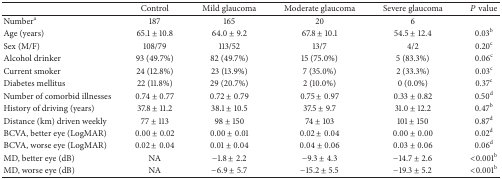
|  | Control | Mild glaucoma | Moderate glaucoma | Severe glaucoma | P value |
 | --- | --- | --- | --- | --- | --- |
 | Numbera | 187 | 165 | 20 | 6 |  |
 | Age (years) | 65.1 ± 10.8 | 64.0 ± 9.2 | 67.8 ± 10.1 | 54.5 ± 12.4 | 0.03b |
 | Sex (M/F) | 108/79 | 113/52 | 13/7 | 4/2 | 0.20c |
 | Alcohol drinker | 93 (49.7%) | 82 (49.7%) | 15 (75.0%) | 5 (83.3%) | 0.06c |
 | Current smoker | 24 (12.8%) | 23 (13.9%) | 7 (35.0%) | 2 (33.3%) | 0.03c |
 | Diabetes mellitus | 22 (11.8%) | 29 (20.7%) | 2 (10.0%) | 0 (0.0%) | 0.37c |
 | Number of comorbid illnesses | 0.74 ± 0.77 | 0.72 ± 0.79 | 0.75 ± 0.97 | 0.33 ± 0.82 | 0.50d |
 | History of driving (years) | 37.8 ± 11.2 | 38.1 ± 10.5 | 37.5 ± 9.7 | 31.0 ± 12.2 | 0.47b |
 | Distance (km) driven weekly | 77 ± 113 | 98 ± 150 | 74 ± 103 | 101 ± 150 | 0.87d |
 | BCVA, better eye (LogMAR) | 0.00 ± 0.02 | 0.00 ± 0.01 | 0.02 ± 0.04 | 0.00 ± 0.00 | 0.02d |
 | BCVA, worse eye (LogMAR) | 0.02 ± 0.04 | 0.01 ± 0.04 | 0.04 ± 0.06 | 0.03 ± 0.06 | 0.06d |
 | MD, better eye (dB) | NA | −1.8 ± 2.2 | −9.3 ± 4.3 | −14.7 ± 2.6 | <0.001b |
 | MD, worse eye (dB) | NA | −6.9 ± 5.7 | −15.2 ± 5.5 | −19.3 ± 5.2 | <0.001b |